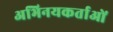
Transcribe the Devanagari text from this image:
अभिनयकर्ताओं